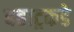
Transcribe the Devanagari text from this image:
बहाट्रकडे